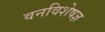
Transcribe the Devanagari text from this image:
वनविशेषज्ञ